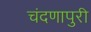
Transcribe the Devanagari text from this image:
चंदणापुरी